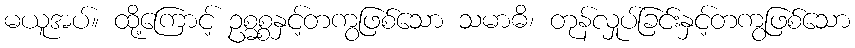
မယူအပ်။ ထို့ကြောင့် ဥစ္ဓစ္စနှင့်တကွဖြစ်သော သမာဓိ၊ တုန်လှုပ်ခြင်းနှင့်တကွဖြစ်သော